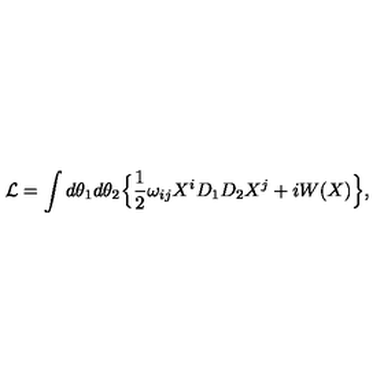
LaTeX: { \cal L } = \int d \theta _ { 1 } d \theta _ { 2 } \Bigl \{ \frac { 1 } { 2 } \omega _ { i j } X ^ { i } D _ { 1 } D _ { 2 } X ^ { j } + i W ( X ) \Bigr \} ,